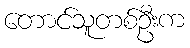
တောင်သူတစ်ဦးက